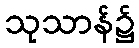
သုသာန်၌